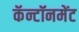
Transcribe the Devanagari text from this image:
कॅन्टॉनमेंट